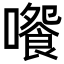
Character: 𡁄